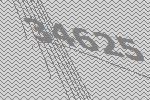
34625